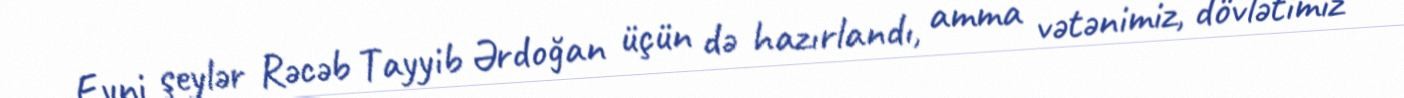
Eyni şeylər Rəcəb Tayyib Ərdoğan üçün də hazırlandı, amma vətənimiz, dövlətimiz